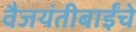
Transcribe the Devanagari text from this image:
वैजयंतीबाईंचे